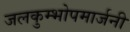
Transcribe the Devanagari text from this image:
जलकुम्भोपमार्जनी